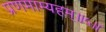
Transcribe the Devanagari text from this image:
प्रणमाम्यहम्॥५॥